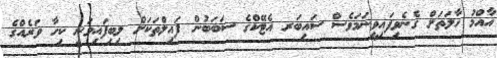
އާއްމު ހާލަތަށް ގެނެވިފައިވީނަމަވެސް ސައިބަރ އެޓޭކްގެ ސަބަބުން ފައިލްތަކަށް ލިބިފައިވަނީ ކިހާ ވަރެއްގެ